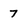
Character: 7